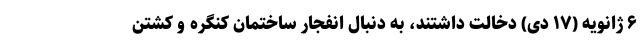
۶ ژانویه (۱۷ دی) دخالت داشتند، به دنبال انفجار ساختمان کنگره و کشتن